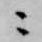
ニ